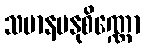
သမာနမနုစိဏ္ဏော